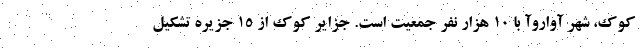
کوک، شهر آواروآ با ۱۰ هزار نفر جمعیت است. جزایر کوک از ۱۵ جزیره تشکیل